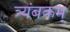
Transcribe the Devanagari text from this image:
त्र्यंबकम्